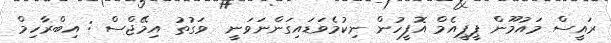
ރައީސް މައުމޫން ޕީޕީއެމް އޮފީހުން ނިކުމެވަޑައިގަންނަވަނީ  ވަގުތު އިމޭޖްސް : އިބްރާހިމް